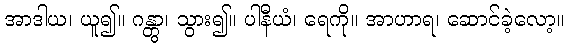
အာဒါယ၊ ယူ၍။ ဂန္တွာ၊ သွား၍။ ပါနီယံ၊ ရေကို။ အာဟာရ၊ ဆောင်ခဲ့လော့။